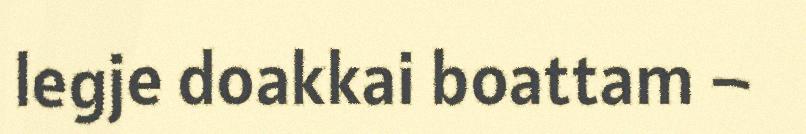
legje doakkai boattam –